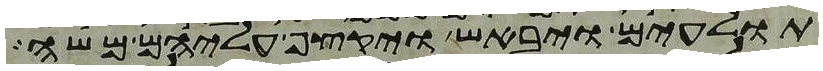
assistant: תולעים ויבאש ויקצף עליהם משה